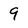
Character: 9